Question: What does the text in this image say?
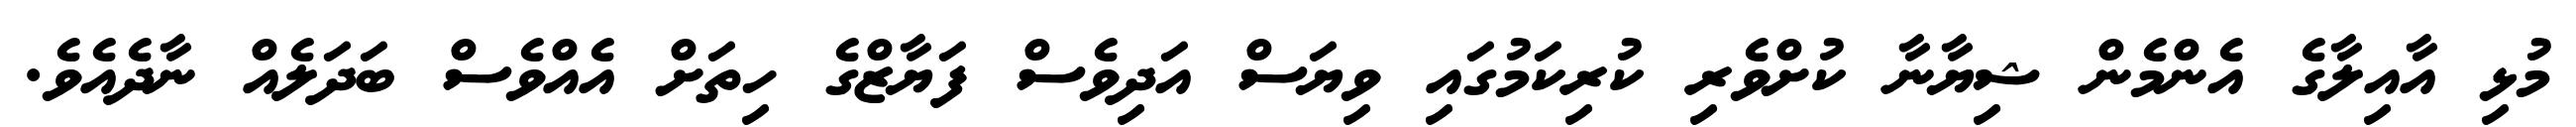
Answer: މުޅި އާއިލާގެ އެންމެން ޝިޔާނާ ކުށްވެރި ކުރިކަމުގައި ވިޔަސް އަދިވެސް ފަޔާޒްގެ ހިތަށް އެއްވެސް ބަދަލެއް ނާދެއެވެ.